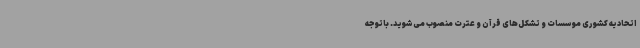
اتحادیه کشوری موسسات و تشکل‌های قرآن و عترت منصوب می‌شوید. باتوجه